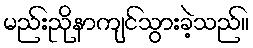
မည်းညိုနာကျင်သွားခဲ့သည်။